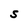
Character: S